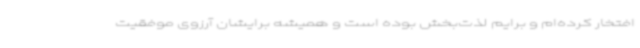
افتخار کرده‌ام و برایم لذت‌بخش بوده‌ است و همیشه برایشان آرزوی موفقیت